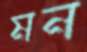
মন